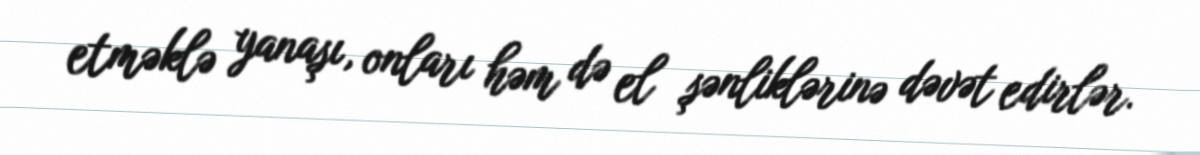
etməklə yanaşı, onları həm də el şənliklərinə dəvət edirlər.